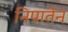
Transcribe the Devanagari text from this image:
निपातेन